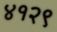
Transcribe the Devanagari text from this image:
४१२९